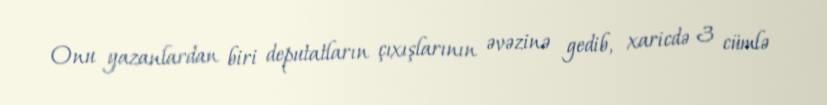
Onu yazanlardan biri deputatların çıxışlarının əvəzinə gedib, xaricdə 3 cümlə